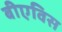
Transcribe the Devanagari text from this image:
बीएविस